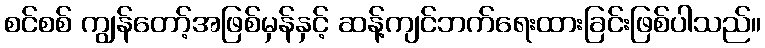
စင်စစ် ကျွန်တော့်အဖြစ်မှန်နှင့် ဆန့်ကျင်ဘက်ရေးထားခြင်းဖြစ်ပါသည်။